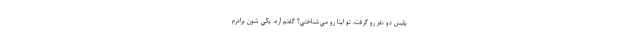
پليس دو نفر رو گرفت، تو اينا رو مي‌شناختي؟ گفتم آره، يكي شون برادرم